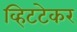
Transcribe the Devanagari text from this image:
व्हिटटेकर